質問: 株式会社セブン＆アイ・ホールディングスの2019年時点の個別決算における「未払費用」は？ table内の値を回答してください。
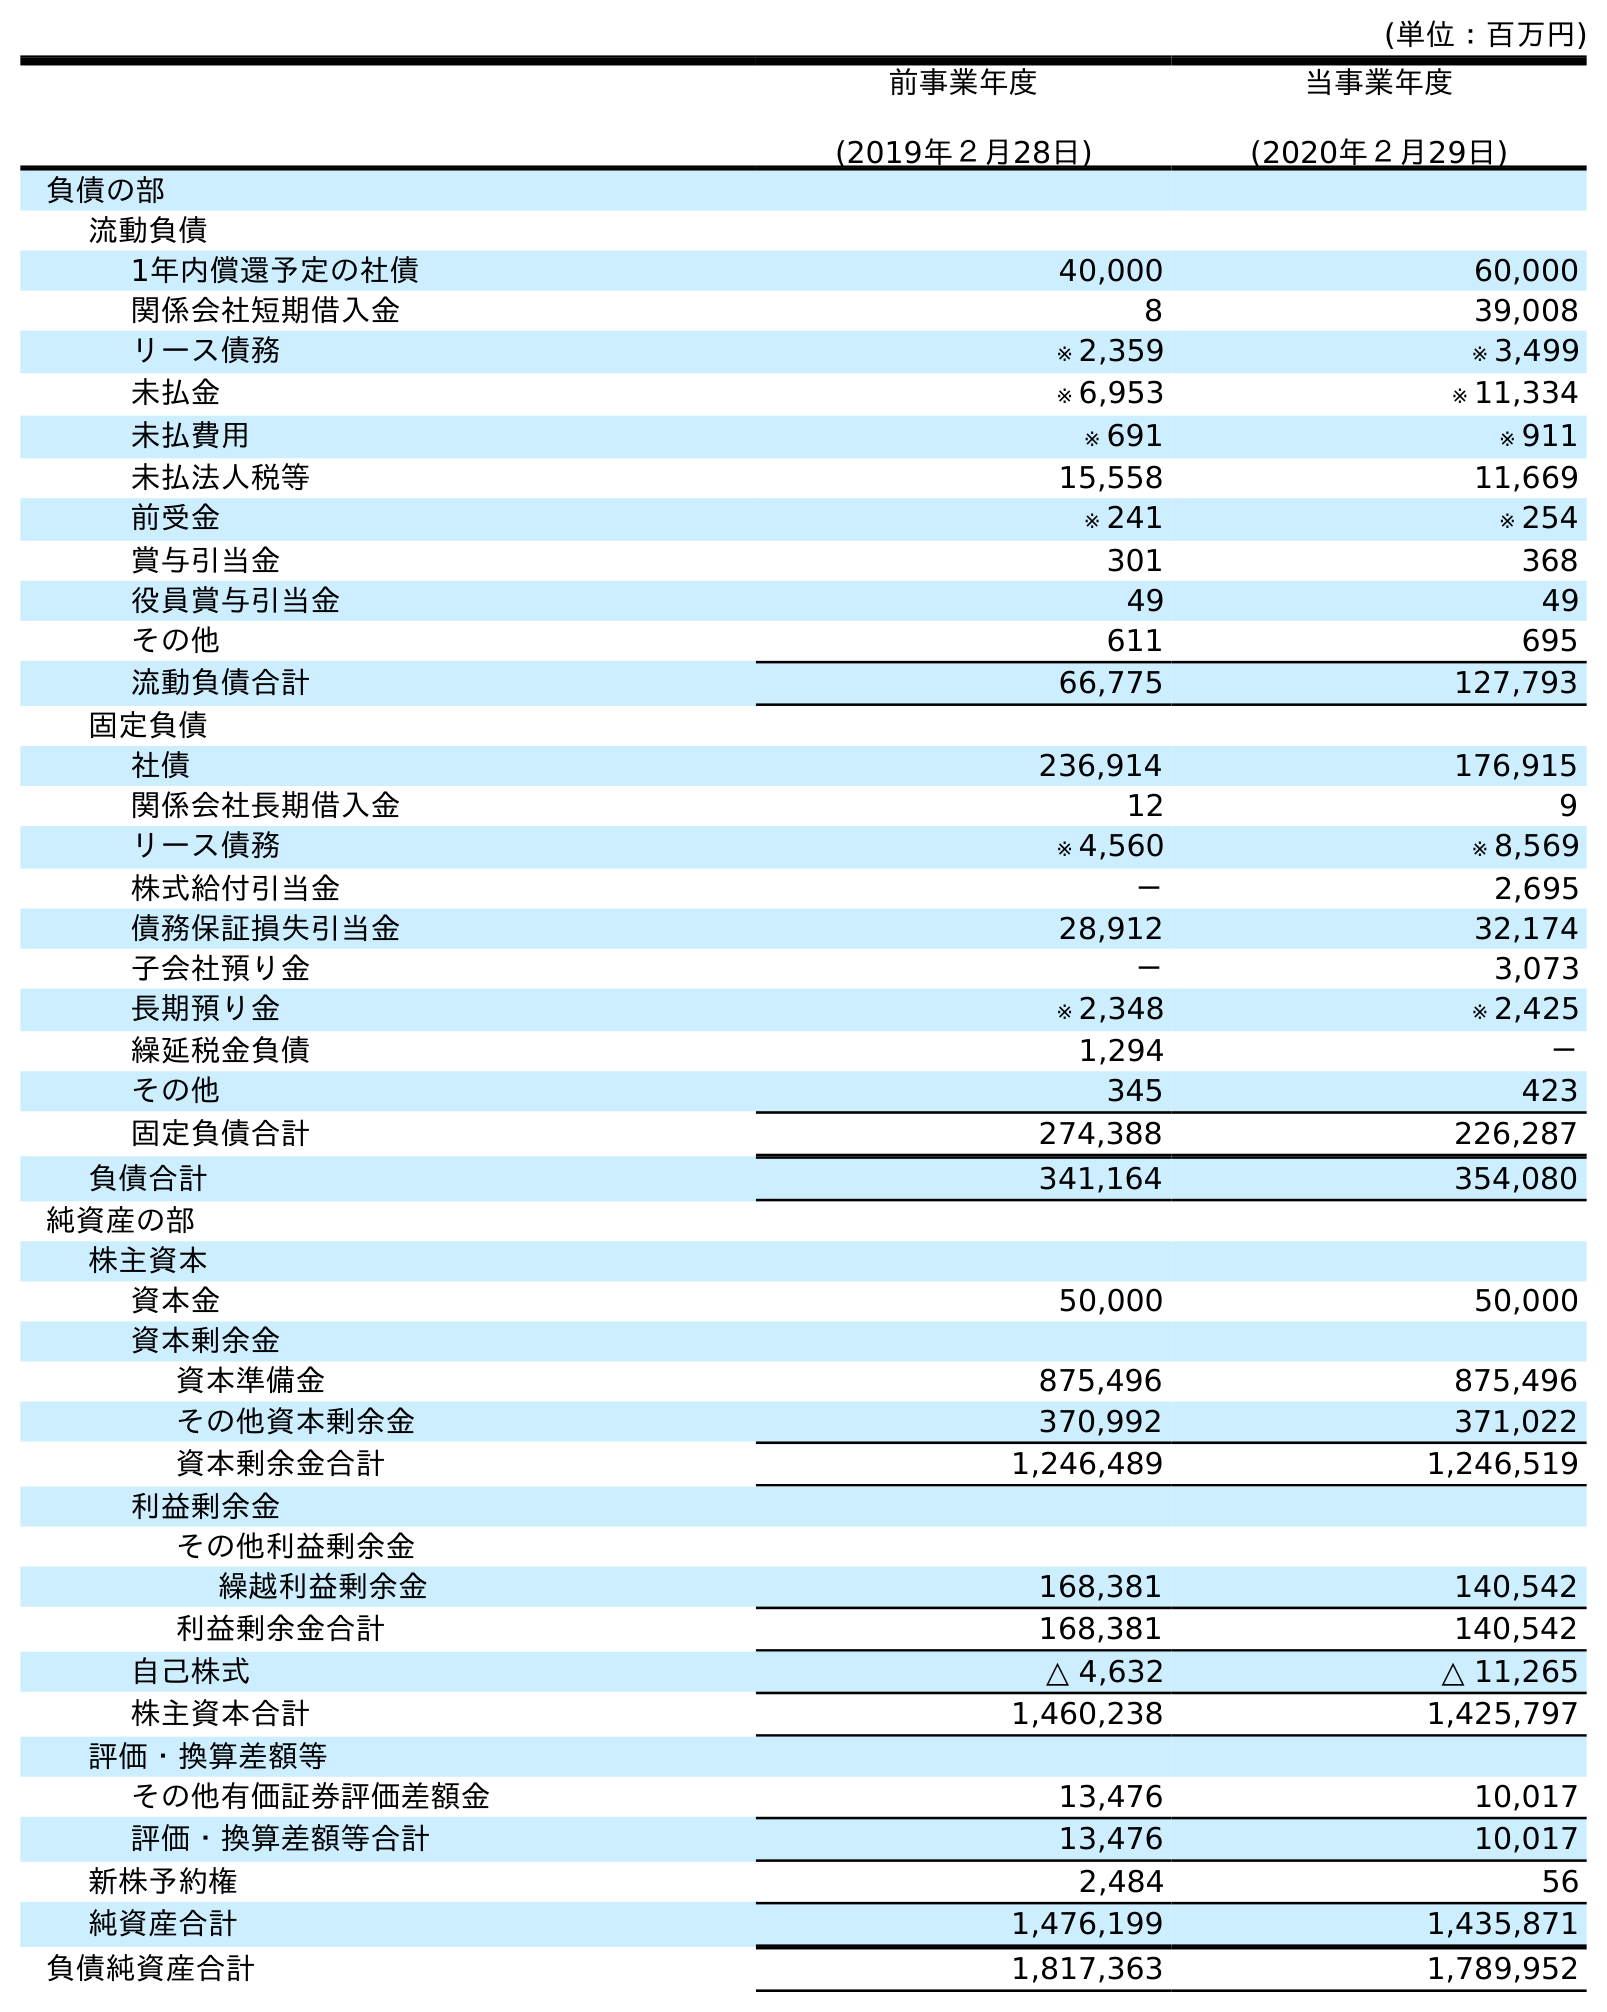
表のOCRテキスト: (単位：百万円) 前事業年度 (2019年２月28日) 当事業年度 (2020年２月29日) 負債の部 流動負債 1年内償還予定の社債 40,000 60,000 関係会社短期借入金 8 39,008 リース債務 ※ 2,359 ※ 3,499 未払金 ※ 6,953 ※ 11,334 未払費用 ※ 691 ※ 911 未払法人税等 15,558 11,669 前受金 ※ 241 ※ 254 賞与引当金 301 368 役員賞与引当金 49 49 その他 611 695 流動負債合計 66,775 127,793 固定負債 社債 236,914 176,915 関係会社長期借入金 12 9 リース債務 ※ 4,560 ※ 8,569 株式給付引当金 － 2,695 債務保証損失引当金 28,912 32,174 子会社預り金 － 3,073 長期預り金 ※ 2,348 ※ 2,425 繰延税金負債 1,294 － その他 345 423 固定負債合計 274,388 226,287 負債合計 341,164 354,080 純資産の部 株主資本 資本金 50,000 50,000 資本剰余金 資本準備金 875,496 875,496 その他資本剰余金 370,992 371,022 資本剰余金合計 1,246,489 1,246,519 利益剰余金 その他利益剰余金 繰越利益剰余金 168,381 140,542 利益剰余金合計 168,381 140,542 自己株式 △ 4,632 △ 11,265 株主資本合計 1,460,238 1,425,797 評価・換算差額等 その他有価証券評価差額金 13,476 10,017 評価・換算差額等合計 13,476 10,017 新株予約権 2,484 56 純資産合計 1,476,199 1,435,871 負債純資産合計 1,817,363 1,789,952
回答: ※691